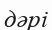
дәрі